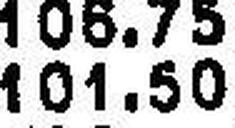
101.50